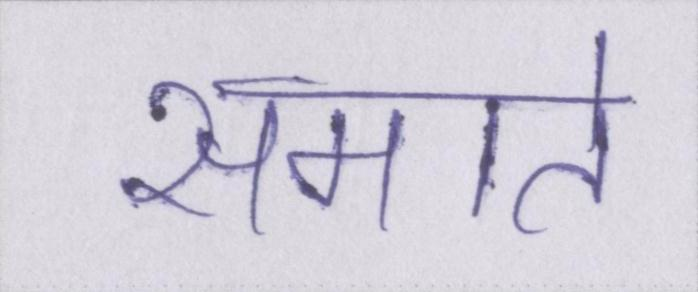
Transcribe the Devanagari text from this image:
समाते